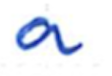
Text: a
Cross-out: clean
Writing tool: ballpoint